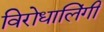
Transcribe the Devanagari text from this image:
विरोधालिंगी